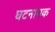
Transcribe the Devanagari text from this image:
घटनायक